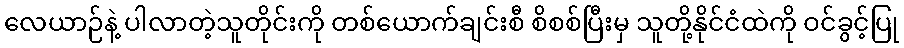
လေယာဉ်နဲ့ ပါလာတဲ့သူတိုင်းကို တစ်ယောက်ချင်းစီ စိစစ်ပြီးမှ သူတို့နိုင်ငံထဲကို ဝင်ခွင့်ပြု